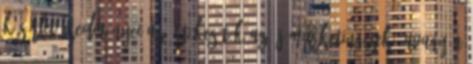
kísérlet eredményei Az értékesítők az új marketingesek? Avagy a